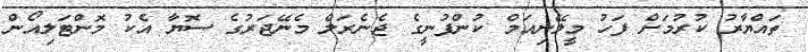
ތައްޔާރު ކުރުމަށް ފަހު މީލޭނިއަމް ކުންފުނީގެ ޖެނެރަލް މެނޭޖަރުގެ ސޮޔާ އެކު މޮންޓަލިއޯން